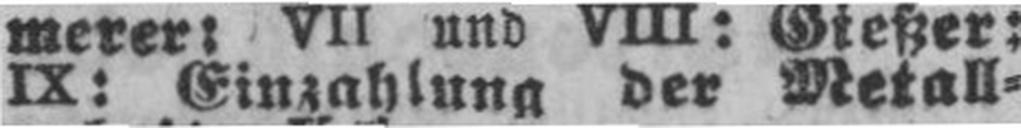
IX: Einzahlung der Metall¬